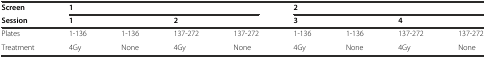
| Screen | <COLSPAN=4> 1 | <COLSPAN=4> 2 |
 | Session | <COLSPAN=2> 1 | <COLSPAN=2> 2 | <COLSPAN=2> 3 | <COLSPAN=2> 4 |
 | --- | --- | --- | --- | --- | --- | --- | --- | --- |
 | Plates | 1-136 | 1-136 | 137-272 | 137-272 | 1-136 | 1-136 | 137-272 | 137-272 |
 | Treatment | 4Gy | None | 4Gy | None | 4Gy | None | 4Gy | None |